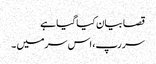
قصا بیان کیا گیا ہے
سر رپ، اس سر میں ۔